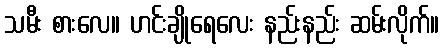
သမီး စားလေ။ ဟင်းချိုရေလေး နည်းနည်း ဆမ်းလိုက်။